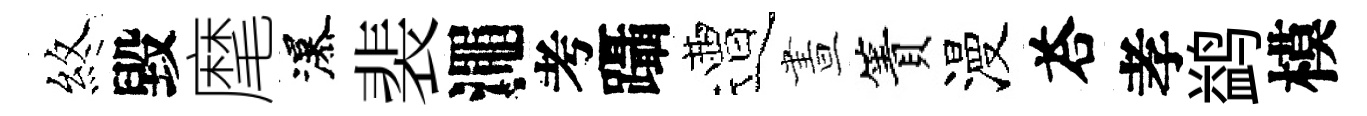
煞毀麾瀑裴澠考躡遭晝簀漫荅孝鹢模